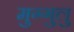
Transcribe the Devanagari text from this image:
मुग्गुलु